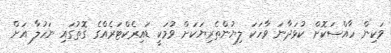
ވަކިން ހާއްސަކޮށް ކުޅަދާނަ ވާހަކަ ލިޔުންތެރިޔަކަށް ވުމަކީ ޑައިރެކްޓަރެއްގެ ގޮތުގައި ނަހުލާ އަށް